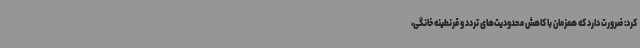
کرد: ضرورت دارد که همزمان با کاهش محدودیت‌های تردد و قرنطینه خانگی،